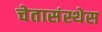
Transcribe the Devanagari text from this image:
चेतासंस्थेस